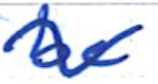
Text: be
Cross-out: wave
Writing tool: ballpoint